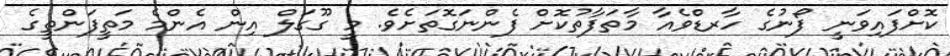
ކޮށްފައިވަނީ ފޯނުގެ ހާރޑްވެއާ މާތަފާތުކޮށް ފެންނަގޮތަށެވެ. މީ ގޫގަލް އިން އެންމެ މަތީފަންތީގެ